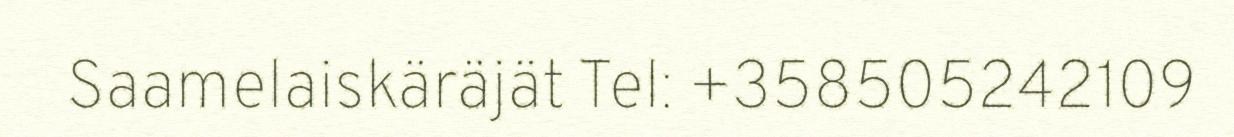
Saamelaiskäräjät Tel: +358505242109